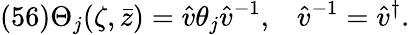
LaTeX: (56)\Theta_{j}(\zeta,\bar{z})=\hat{v}\theta_{j}\hat{v}^{-1},\; \; \; \hat{v}^{-1}=\hat{v}^{\dagger}.